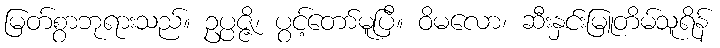
မြတ်စွာဘုရားသည်။ ဥပ္ပဇ္ဇိ၊ ပွင့်တော်မူပြီ။ ဝိမလော၊ ဆီးနှင်းမြူတိမ်သူရိန်